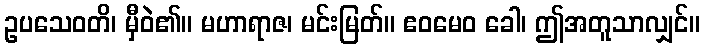
ဥပသေဝတိ၊ မှီဝဲ၏။ မဟာရာဇ၊ မင်းမြတ်။ ဧဝမေဝ ခေါ၊ ဤအတူသာလျှင်။